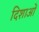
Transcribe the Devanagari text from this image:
दिशाआें